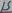
Text: 15